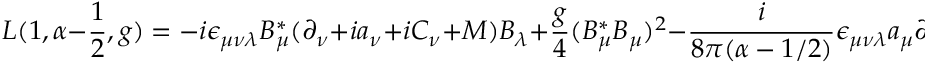
{ \cal L } ( 1 , \alpha - \frac { 1 } { 2 } , g ) = - i \epsilon _ { \mu \nu \lambda } B _ { \mu } ^ { * } ( \partial _ { \nu } + i a _ { \nu } + i C _ { \nu } + M ) B _ { \lambda } + \frac { g } { 4 } ( B _ { \mu } ^ { * } B _ { \mu } ) ^ { 2 } - \frac { i } { 8 \pi ( \alpha - 1 / 2 ) } \epsilon _ { \mu \nu \lambda } a _ { \mu } \partial _ { \nu } a _ { \lambda } \; .